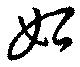
始